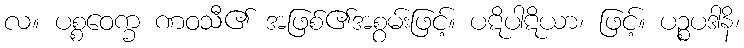
လ။ ပစ္စဝေက္ခ ဏဝသီ၏ အဖြစ်၏အစွမ်းဖြင့်။ ပဋိပါဋိယာ၊ ဖြင့်။ ပဉ္စပဒါနိ၊